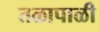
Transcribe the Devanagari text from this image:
तळापाळी